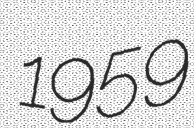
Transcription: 1959